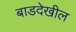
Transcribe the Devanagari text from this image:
बाडदेखील